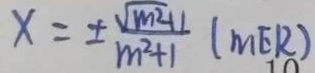
x = \pm \frac { \sqrt { m ^ { 2 } - 1 1 } } { m ^ { 2 } + 1 } ( m E R )